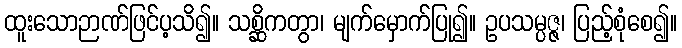
ထူးသောဉာဏ်ဖြင်ပ့သိ၍။ သစ္ဆိကတွာ၊ မျက်မှောက်ပြု၍။ ဥပသမ္ပဇ္ဇ၊ ပြည့်စုံစေ၍။